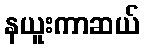
နယူးကာဆယ်